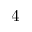
4